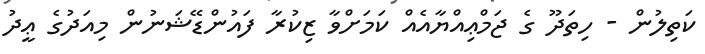
ކަތިލުން - ހިތަދޫ ގެ ޖަމްޢިއްޔާއެއް ކަމަށްވާ ޒިކުރާ ފައުންޑޭޝަނުން މިއަދުގެ ޢީދު